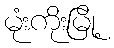
မုံးကိုးမြို့